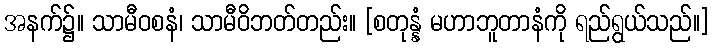
အနက်၌။ သာမီဝစနံ၊ သာမီဝိဘတ်တည်း။ [စတုန္နံ မဟာဘူတာနံကို ရည်ရွယ်သည်။]